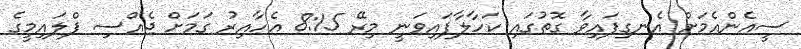
ސީއެންއެމަށް އެނގިފައިވާ ގޮތުގައި ކަހާލާފައިވަނީ މިރޭ 8:15 އެހާއިރު ގަމަށް ޖެއްސި ފްލައިމީގެ